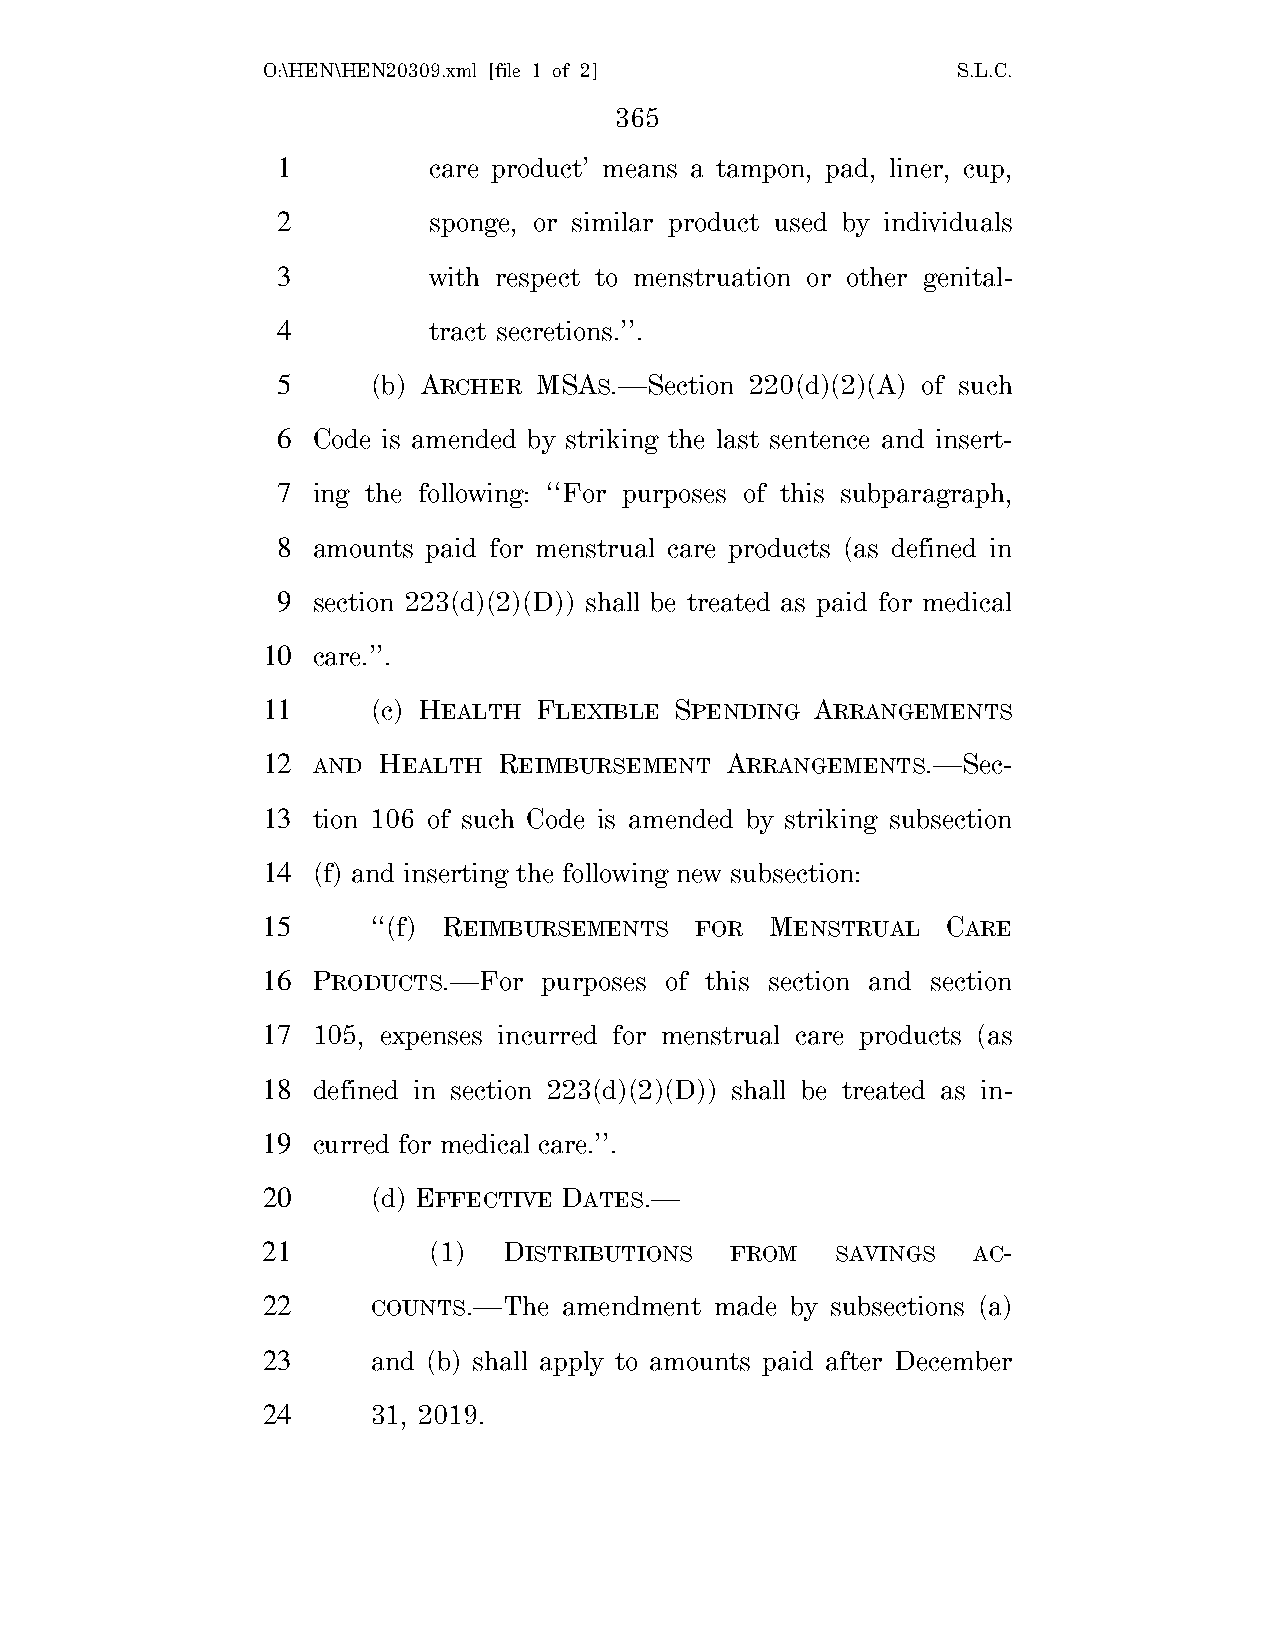
O:\HEN\HEN20309.xml [file 1 of 2]             S.L.C.
 365
 1         care product’ means a tampon, pad, liner, cup,
 2         sponge, or similar product used by individuals
 3         with respect to menstruation or other genital-
 4         tract secretions.’’.
 5      (b) ARCHER MSAS.—Section 220(d)(2)(A) of such
 6  Code is amended by striking the last sentence and insert-
 7  ing the following: ‘‘For purposes of this subparagraph,
 8  amounts paid for menstrual care products (as defined in
 9  section 223(d)(2)(D)) shall be treated as paid for medical
 10  care.’’.
 11      (c) HEALTH FLEXIBLE SPENDING ARRANGEMENTS
 12  AND HEALTH  REIMBURSEMENT  ARRANGEMENTS.—Sec-
 13  tion 106 of such Code is amended by striking subsection
 14  (f) and inserting the following new subsection:
 15      ‘‘(f) REIMBURSEMENTS FOR  MENSTRUAL   CARE
 16  PRODUCTS.—For  purposes of this section and section
 17  105, expenses incurred for menstrual care products (as
 18  defined in section 223(d)(2)(D)) shall be treated as in-
 19  curred for medical care.’’.
 20      (d) EFFECTIVE DATES.—
 21         (1)  DISTRIBUTIONS  FROM   SAVINGS  AC-
 22      COUNTS.—The amendment made by subsections (a)
 23      and (b) shall apply to amounts paid after December
 24      31, 2019.